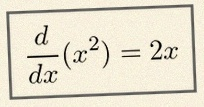
\frac{d}{dx}(x^2)=2x